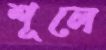
শূলে